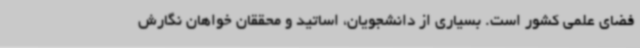
فضای علمی کشور است. بسیاری از دانشجویان، اساتید و محققان خواهان نگارش